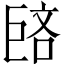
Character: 𪩥